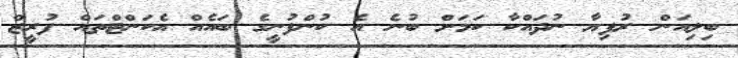
ބިލިއަން ރުފިޔާ ނުދައްކާ ކަމަށް ބުނެ އެ ކުންފުނީގެ ބައެއް އެކަންޓްތައް ފުރީޒް